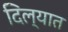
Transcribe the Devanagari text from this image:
दिल्यात